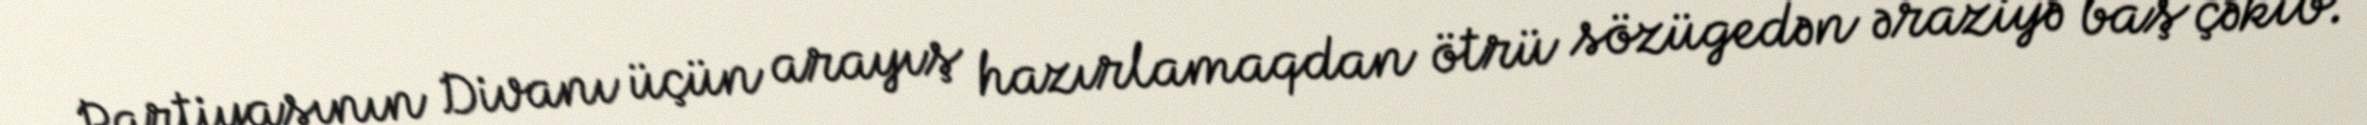
Partiyasının Divanı üçün arayış hazırlamaqdan ötrü sözügedən əraziyə baş çəkib.